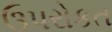
ઉપરોકત